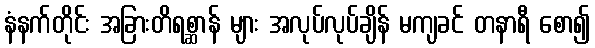
နံနက်တိုင်း အခြားတိရစ္ဆာန် များ အလုပ်လုပ်ချိန် မကျခင် တနာရီ စော၍